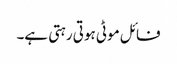
فائل موٹی ہوتی رہتی ہے۔